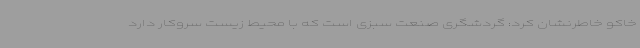
خاکو خاطرنشان کرد: گردشگری صنعت سبزی است که با محیط زیست سروکار دارد